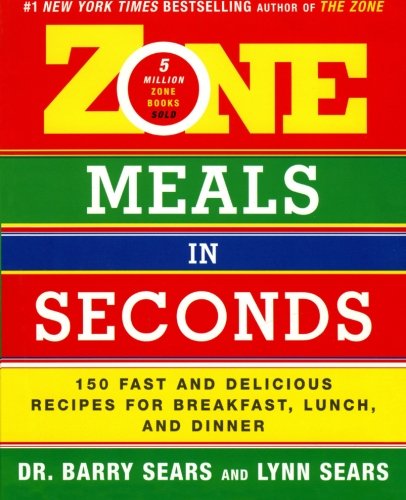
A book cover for Zone Meals in Seconds: 150 Fast and Delicious Recipes for Breakfast, Lunch, and Dinner (The Zone); Barry Sears; Cookbooks, Food & Wine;